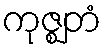
ကုဇ္ဈတံ